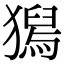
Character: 𤡯